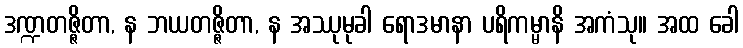
ဒဏ္ဍတဇ္ဇိတာ, န ဘယတဇ္ဇိတာ, န အဿုမုခါ ရောဒမာနာ ပရိကမ္မာနိ အကံသု။ အထ ခေါ